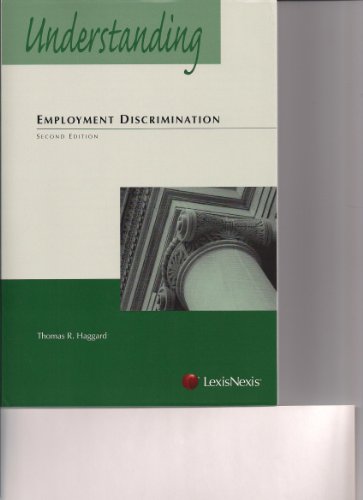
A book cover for Understanding Employment Discrimination Law; Thomas R. Haggard; Law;